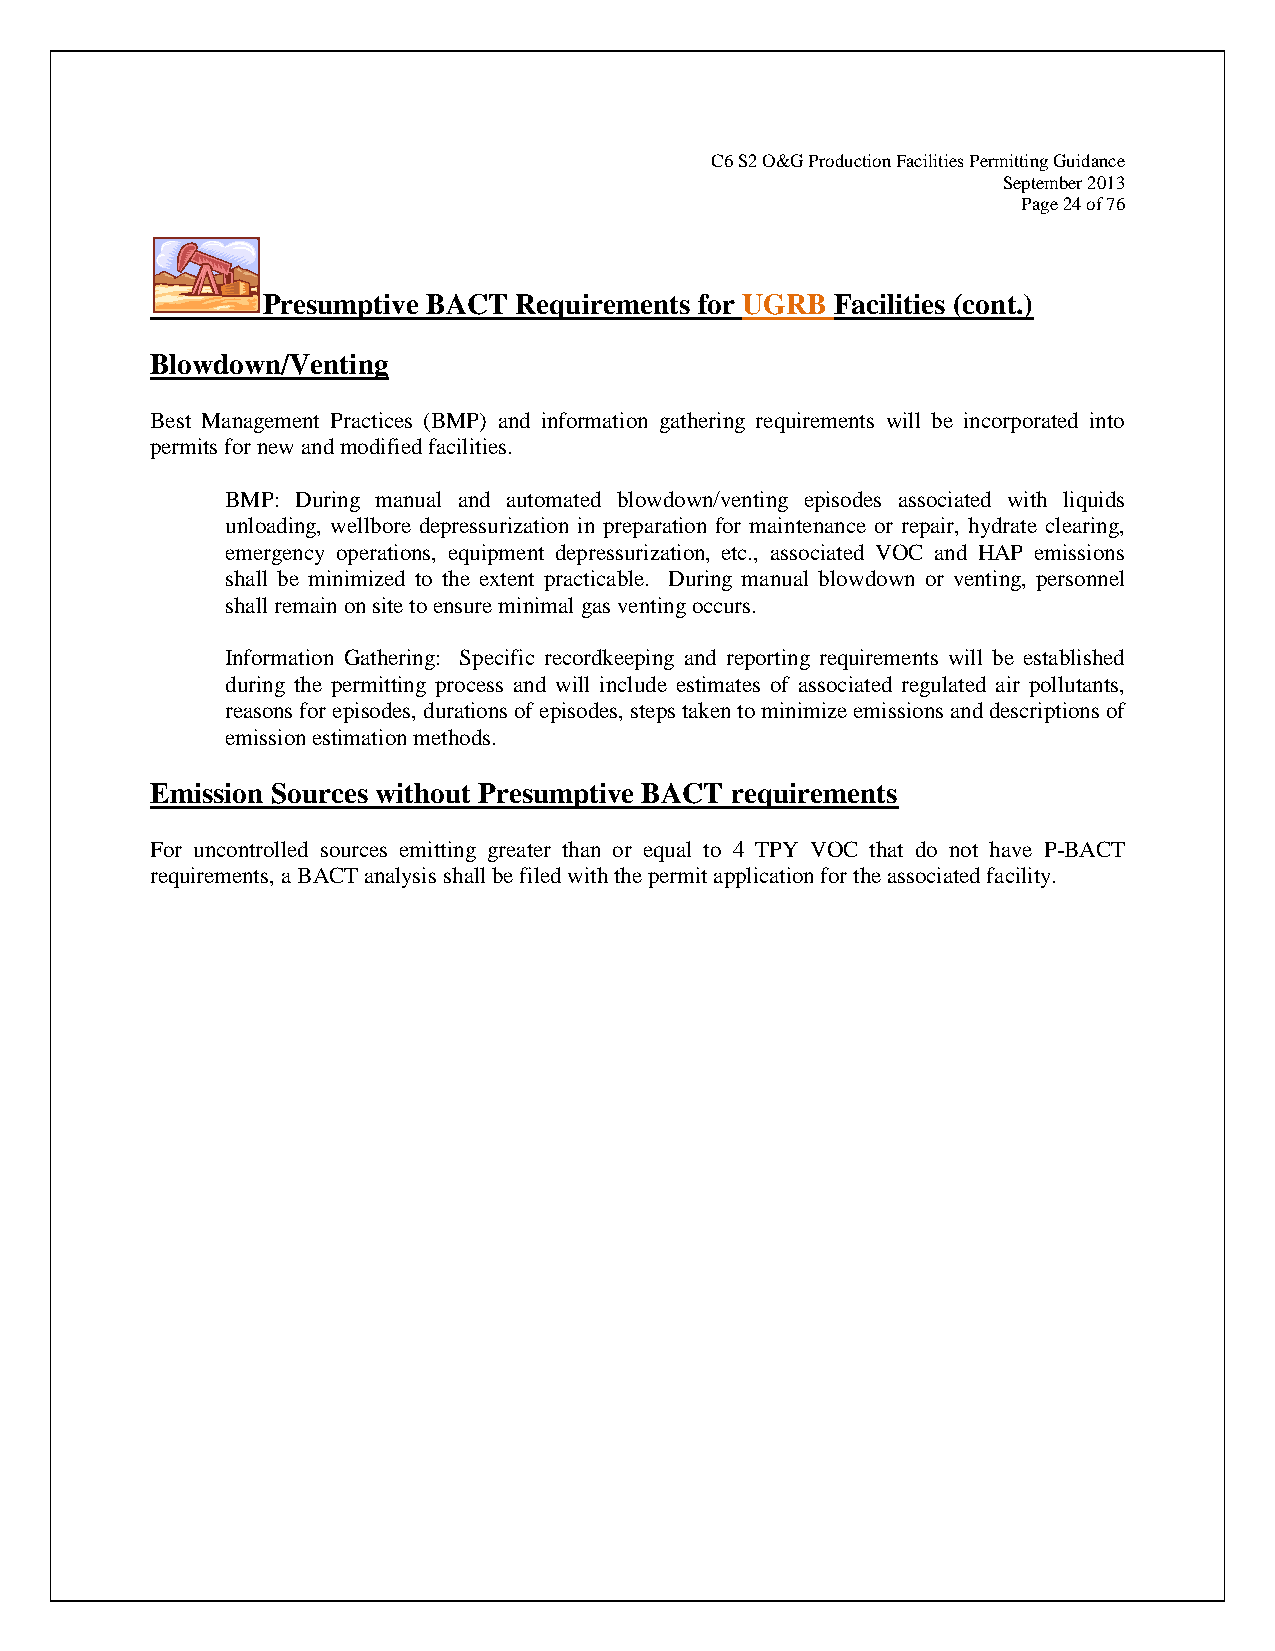
C6 S2 O&G Production Facilities Permitting Guidance
 September 2013
 Page 24 of 76
 Presumptive BACT Requirements for UGRB Facilities (cont.)
 Blowdown/Venting
 Best Management Practices (BMP) and information gathering requirements will be incorporated into
 permits for new and modified facilities.
 BMP: During manual and automated blowdown/venting episodes associated with liquids
 unloading, wellbore depressurization in preparation for maintenance or repair, hydrate clearing,
 emergency operations, equipment depressurization, etc., associated VOC and HAP emissions
 shall be minimized to the extent practicable. During manual blowdown or venting, personnel
 shall remain on site to ensure minimal gas venting occurs.
 Information Gathering: Specific recordkeeping and reporting requirements will be established
 during the permitting process and will include estimates of associated regulated air pollutants,
 reasons for episodes, durations of episodes, steps taken to minimize emissions and descriptions of
 emission estimation methods.
 Emission Sources without Presumptive BACT requirements
 For uncontrolled sources emitting greater than or equal to 4 TPY VOC that do not have P-BACT
 requirements, a BACT analysis shall be filed with the permit application for the associated facility.